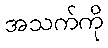
အသက်ကို